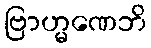
ဗြာဟ္မဏေဘိ